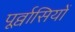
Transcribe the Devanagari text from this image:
पूर्व्वासियों